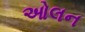
ઓલન